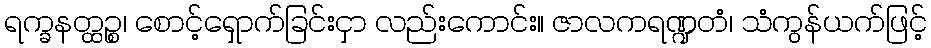
ရက္ခနတ္ထဉ္စ၊ စောင့်ရှောက်ခြင်းငှာ လည်းကောင်း။ ဇာလကရဏ္ဍတံ၊ သံကွန်ယက်ဖြင့်